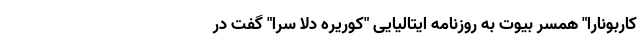
کاربونارا" همسر بیوت به روزنامه ایتالیایی "کوریره دلا سرا" گفت در